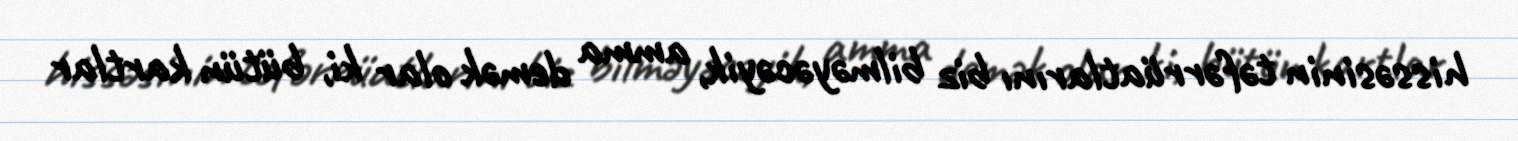
hissəsinin təfərrüatlarını biz bilməyəcəyik, amma demək olar ki, bütün kartlar